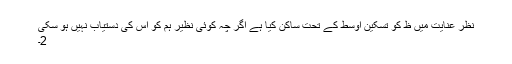
نظرِ عنایت میں ظ کو تسکینِ اوسط کے تحت ساکن کیا ہے اگر چہ کوئی نظیر ہم کو اس کی دستیاب نہیں ہو سکی
2۔